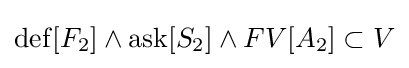
\operatorname {def} [F_{2}]\land \operatorname {ask} [S_{2}]\land FV[A_{2}]\subset V